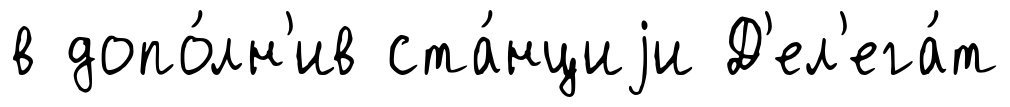
в допо́лн'ив ста́нциjи Д'ел'ега́т